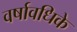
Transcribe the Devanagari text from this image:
वर्षावधिके